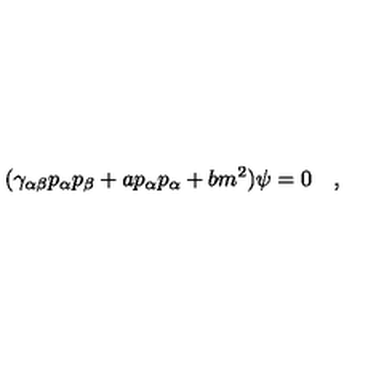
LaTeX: ( \gamma _ { \alpha \beta } p _ { \alpha } p _ { \beta } + a p _ { \alpha } p _ { \alpha } + b m ^ { 2 } ) \psi = 0 \quad ,